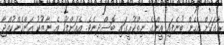
ރާގަކަށް އެހެން ބުނެފައި އީންގެ ނިތްކުރީގައި ބޮސްދިނެވެ. އެއަށްފަހު އެ ނާޒުކު އަންހެންކުއްޖާ